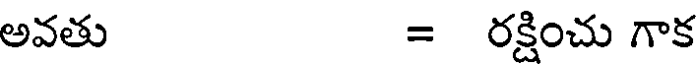
అవతు = రక్షించు గాక